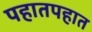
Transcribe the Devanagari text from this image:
पहातपहात